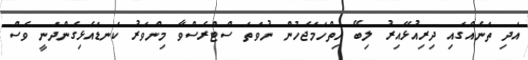
އަދި ތަނެއްގައި ދިރިއުޅޭއިރު ލިބޭ ހިތްހަމަޖެހުން ނުވަތަ ސްޓްރެސްވާ މިންވަރު ކަނޑައެޅިގެންދަނީ ވެސް